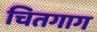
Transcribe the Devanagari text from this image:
चितगाग